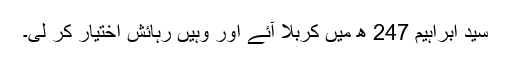
سید ابراہیم 247 ھ میں کربلا آئے اور وہیں رہائش اختیار کر لی۔